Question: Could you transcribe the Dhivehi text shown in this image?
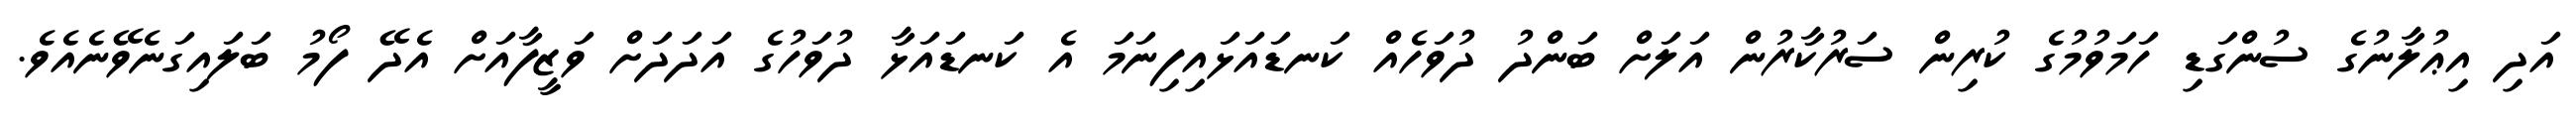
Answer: އަދި އިޢުލާނުގެ ސުންގަޑި ހަމަވުމުގެ ކުރިން ސަރުކާރުން އަލަށް ބަންދު ދުވަހެއް ކަނޑައަޅައިފިނަމަ އެ ކަނޑައަޅާ ދުވަހުގެ އަދަދަށް ވަޒީފާއަށް އެދޭ ފޯމު ބަލައިގަނެވޭނެއެވެ.